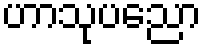
ဟာသုပညော